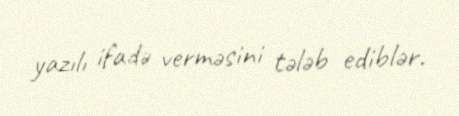
yazılı ifadə verməsini tələb ediblər.